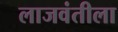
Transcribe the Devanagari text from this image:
लाजवंतीला